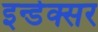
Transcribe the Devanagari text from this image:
इन्डेक्सर